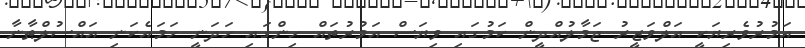
އަމުރުވެރިޔަކީ އަލްވަޒީރު ޖަމާލުއްދީން ކަމުގައި ވިޔަސް އަމުރުތައް ހިންގައި ހަދަނީ ހަމައެކަނި އައްސުލްޠާނާ